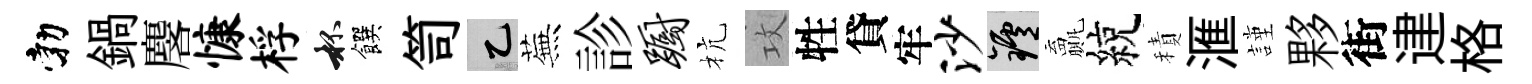
勃鍋麐慷桴杯饌笥乙蕪診蹰杭攻牲貸牢沙爐贏綂積滙謹夥街䢖格